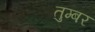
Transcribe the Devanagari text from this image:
तुम्बर